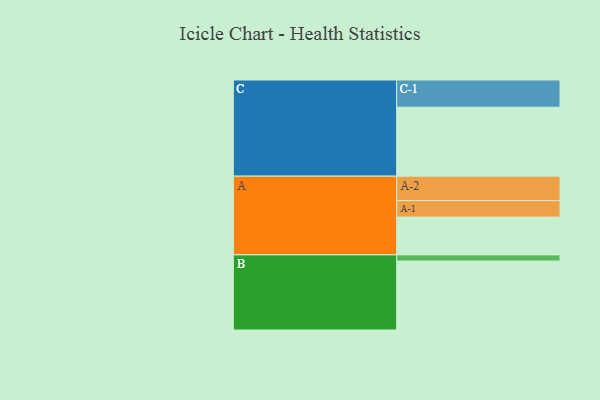
{"axis": {"x": "Segment", "y": "Value"}, "legend": ["", "A", "B", "C"], "data": [{"x": "A", "y": 325, "type": ""}, {"x": "B", "y": 593, "type": ""}, {"x": "C", "y": 593, "type": ""}, {"x": "A-1", "y": 142, "type": "A"}, {"x": "A-2", "y": 210, "type": "A"}, {"x": "B-1", "y": 53, "type": "B"}, {"x": "C-1", "y": 234, "type": "C"}]}